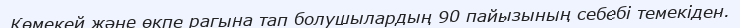
Көмекей және өкпе рагына тап болушылардың 90 пайызының себебі темекіден.